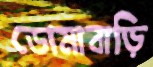
ডোমাবাড়ি